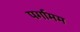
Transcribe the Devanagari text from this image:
पर्गामम